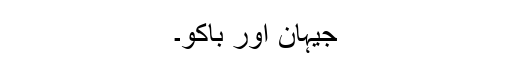
جیہان اور باکو۔